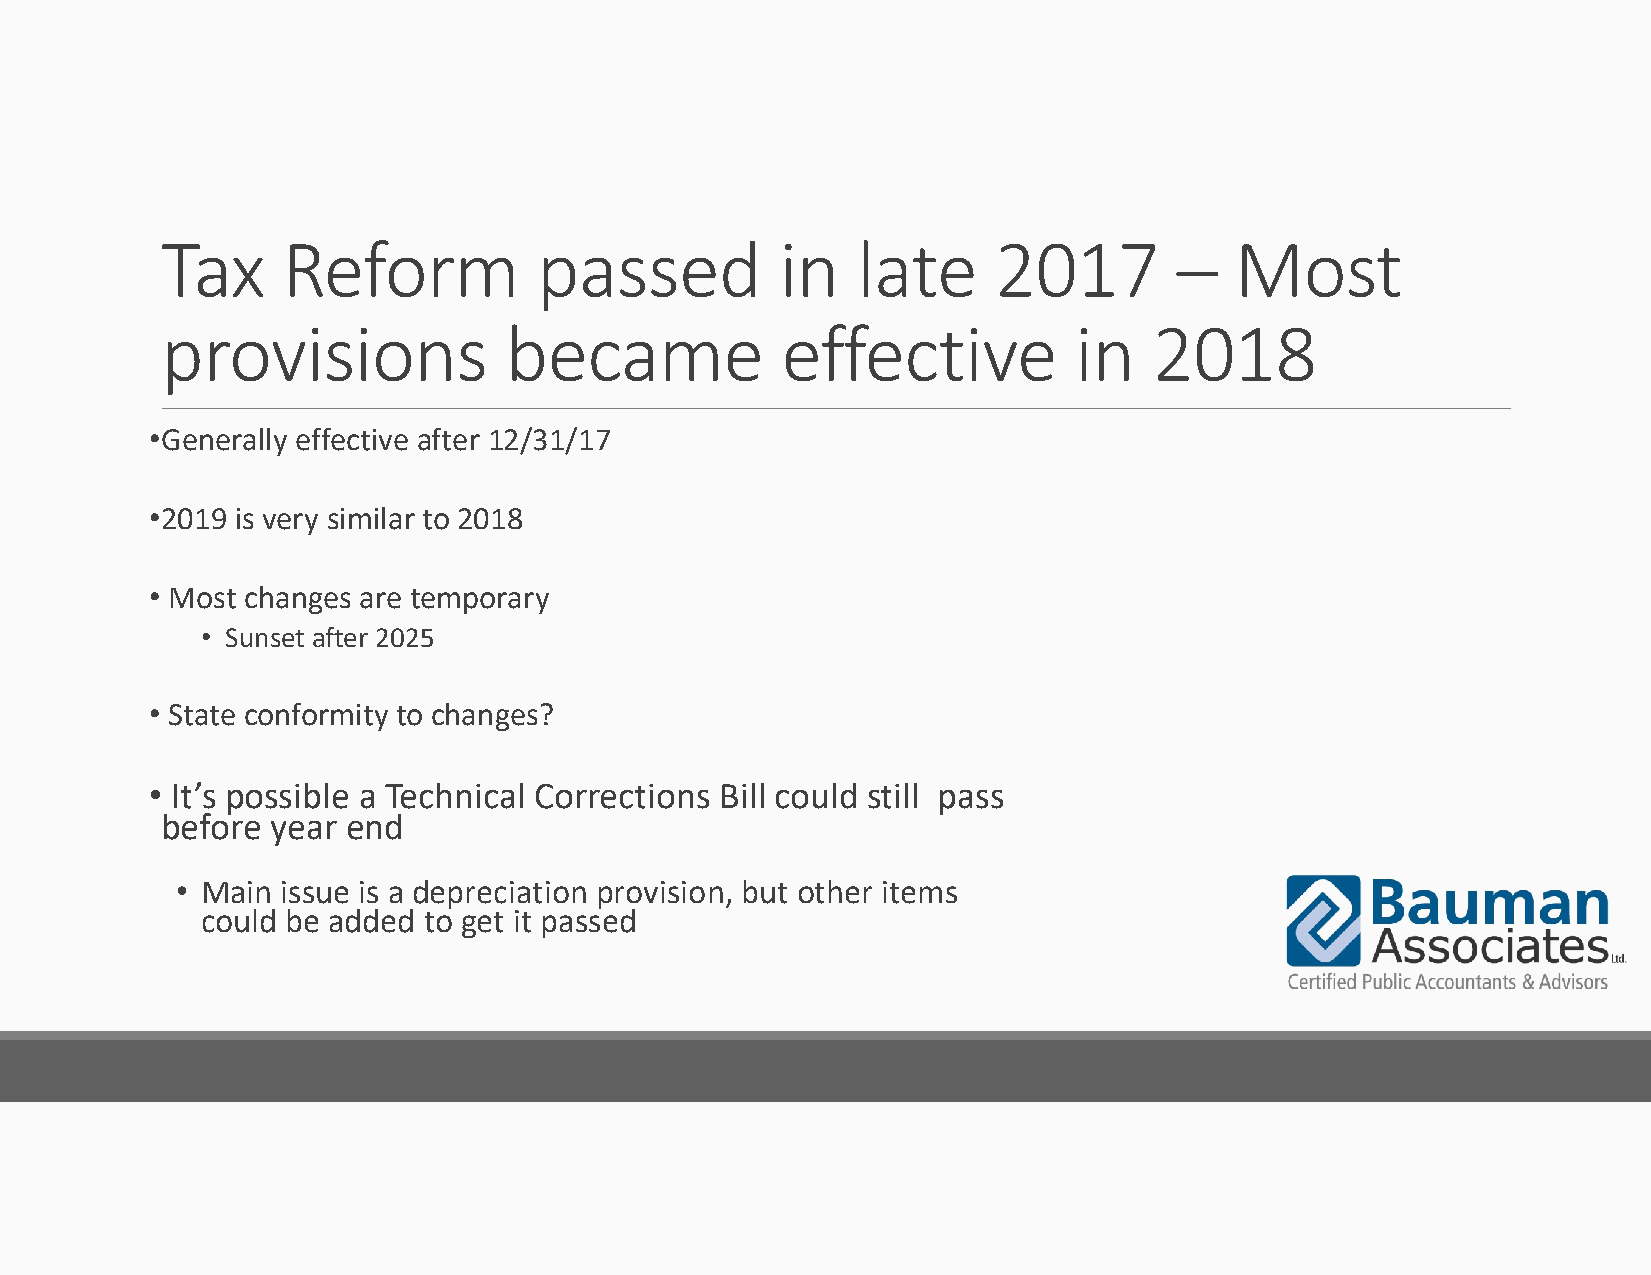
Tax     Reform           passed          in   late     2017        –   Most
 provisions            became             effective          in   2018
 •Generally effective after 12/31/17
 •2019 is very similar to 2018
 • Most changes are temporary
 • Sunset after 2025
 • State conformity to changes?
 • It’s possible a Technical Corrections Bill could still pass
 before year end
 • Main issue is a depreciation provision, but other items
 could be added to get it passed